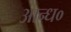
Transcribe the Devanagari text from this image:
आन्ध०